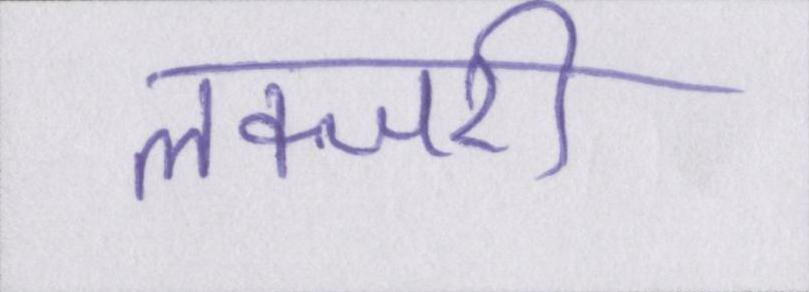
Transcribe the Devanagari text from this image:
लक्जरी